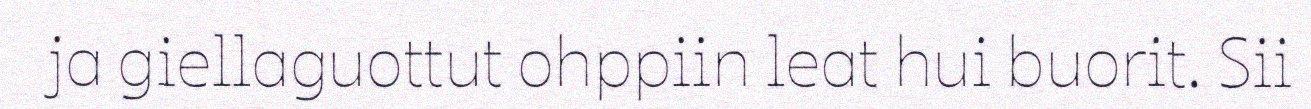
ja giellaguottut ohppiin leat hui buorit. Sii